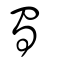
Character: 蜀